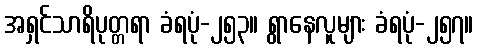
အရှင်သာရိပုတ္တရာ ခံရပုံ-၂၅၃။ ရွာနေလူများ ခံရပုံ-၂၅၇။